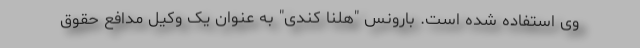
وی استفاده شده است. بارونس "هلنا کندی" به عنوان یک وکیل مدافع حقوق